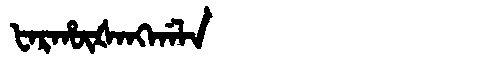
Manchu: ᡶᠠᡵᡥᡡᡧᠠᠩᡤᠠᠯᠠ
Romanization: FARHŪŠANGGALA